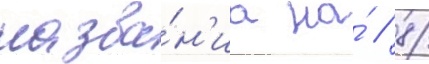
назва́н'иа на́ // 8